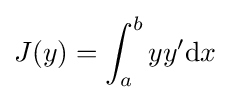
J(y)=\int _{a}^{b}yy'\mathrm {d} x